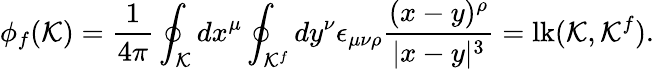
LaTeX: \phi_{f}({\cal K})={\frac{1}{4\pi}}\oint_{\cal K}dx^{\mu}\oint_{{\cal K}^{f}}dy^{\nu}\epsilon_{\mu\nu\rho}{\frac{(x-y)^{\rho}}{|x-y|^{3}}}=\mathrm{lk}({\cal K},{\cal K}^{f}).